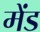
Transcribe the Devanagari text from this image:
मेंड